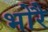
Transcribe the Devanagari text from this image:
भोरै